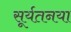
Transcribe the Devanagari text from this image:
सूर्यतनया